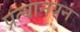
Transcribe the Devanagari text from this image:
प्रत्यानयन